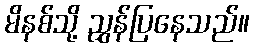
မိနစ်သို့ ညွှန်ပြနေသည်။